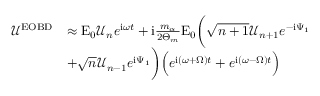
\begin{array} { r l } { \mathcal { U } ^ { \mathrm { E O B D } } } & { \approx \mathrm { E } _ { 0 } \mathcal { U } _ { n } e ^ { \mathrm { i } \omega t } + \mathrm { i } \frac { m _ { \alpha } } { 2 \Theta _ { m } } \mathrm { E } _ { 0 } \bigg ( \sqrt { n + 1 } \mathcal { U } _ { n + 1 } e ^ { - \mathrm { i } \Psi _ { 1 } } } \\ & { + \sqrt { n } \mathcal { U } _ { n - 1 } e ^ { \mathrm { i } \Psi _ { 1 } } \bigg ) \Big ( e ^ { \mathrm { i } \left( \omega + \Omega \right) t } + e ^ { \mathrm { i } \left( \omega - \Omega \right) t } \Big ) } \end{array}